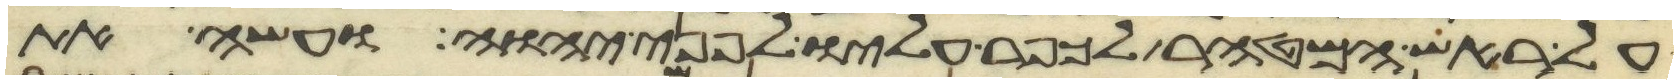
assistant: על ראש המטהר לכפר עליו לפני יהוה ועשה את